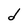
Character: d